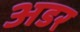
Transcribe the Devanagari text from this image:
अडर